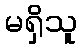
မရှိသူ